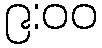
၉:၀၀